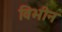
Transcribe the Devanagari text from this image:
विभीन